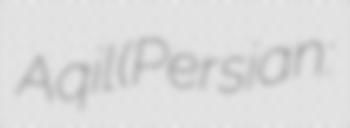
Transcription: Aqil (Persian: امامزاده